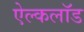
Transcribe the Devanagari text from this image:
ऐल्कलॉड